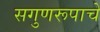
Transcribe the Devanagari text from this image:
सगुणरूपाचे